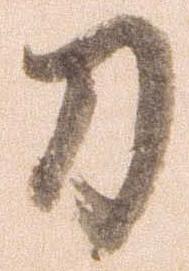
刀